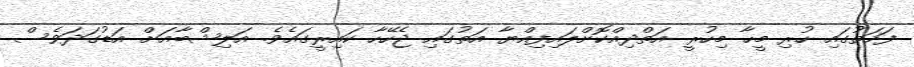
ފަހަތުގައި ހުރި މީހާ މިހުރީ އަތްދިއްކޮށްލައިފިއްޔާ އަތުގައި ޖެހޭހާ ކައިރީގައެވެ. އަލިޝްބާއަށް އަޑުގަދަވެސް